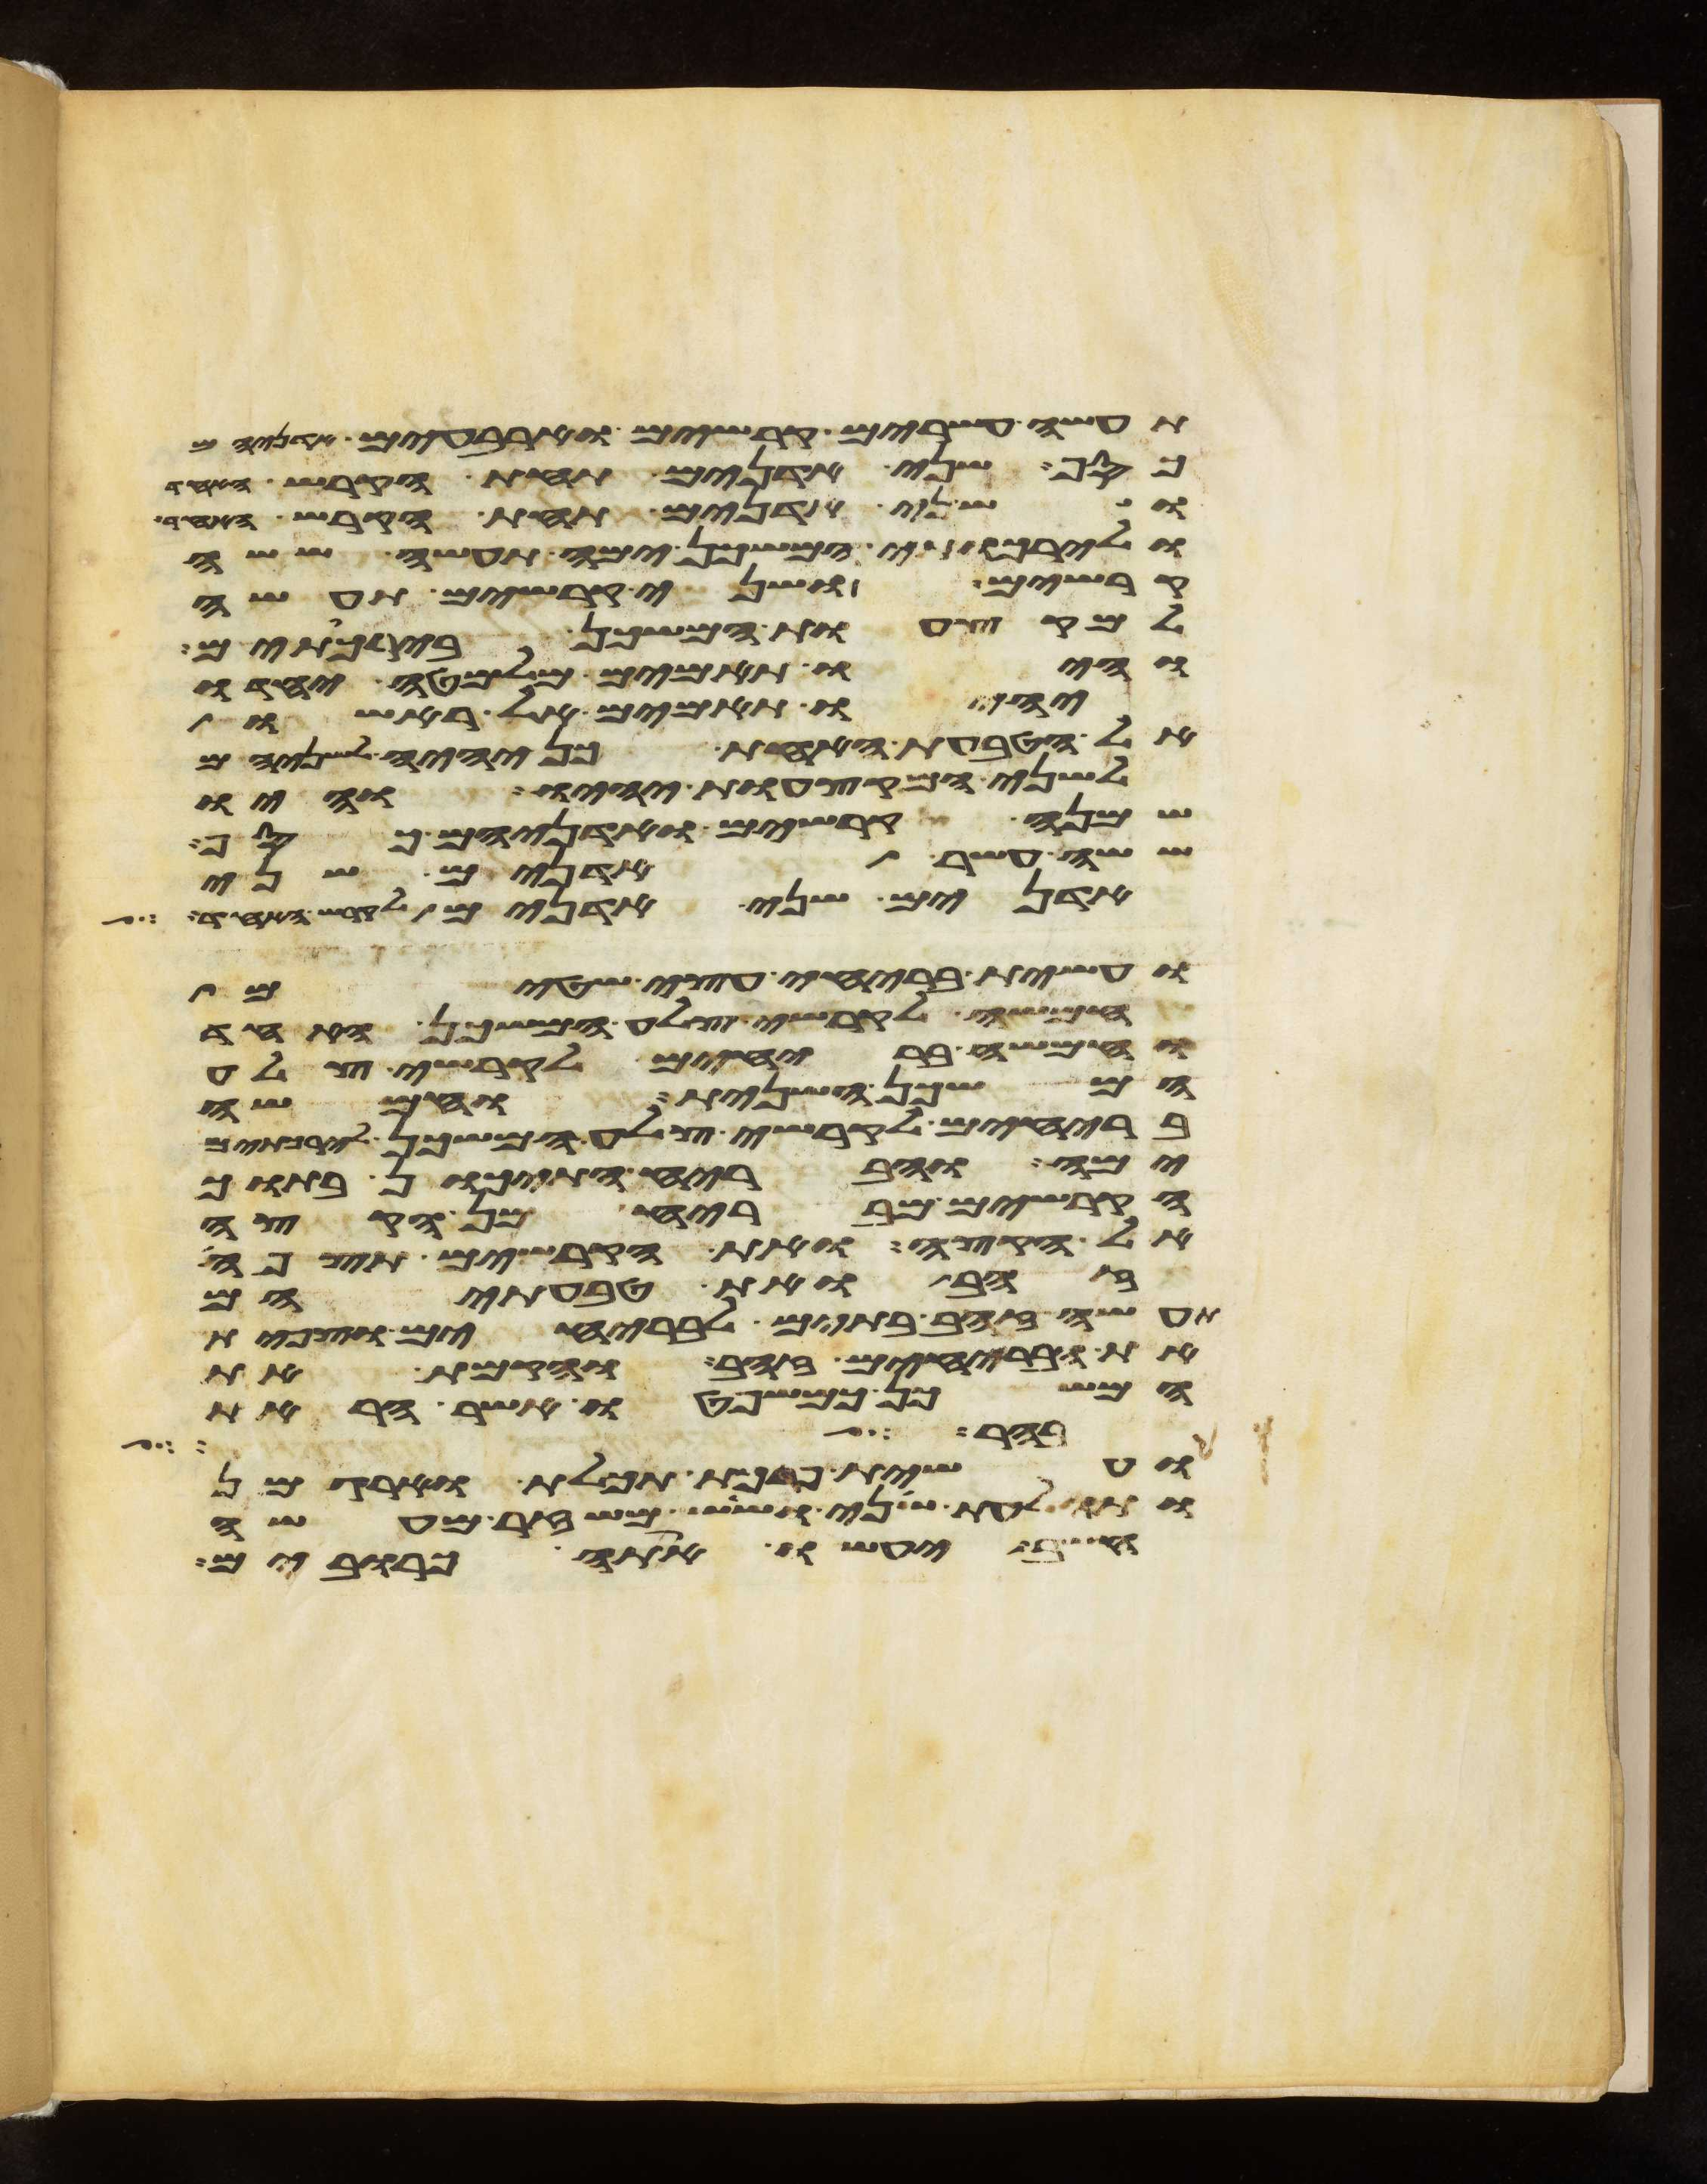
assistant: תעשה עשרים קרשים וארבעים
כסף שני אדנים תחת הקרש האחד
ושני אדנים תחת הקרש האחד
ולירכתי המשכן ימה תעשה ששה
קרשים ושני קרשים תעשה
למקצעות המשכן בירכתים
והיו תאמים מלמטה יחדו
יהיו תאמים אל ראשו
אל הטבעת האחת כן יהיה לשניהם
לשני המקצעות יהיו והיו
שמנה קרשים ואדניהם כסף
ששה עשר אדנים שני
אדנים שני אדנים לקרש האחד
ועשית בריחי עצי שטים
חמשה לקרשי צלע המשכן האחד
וחמשה בריחים לקרשי צלע
המשכן השנית וחמשה
בריחים לקרשי צלע המשכן לירכתים
ימה והבריח התיכון בתוך
הקרשים מבריח מן הקצה
אל הקצה ואת הקרשים תצפה
זהב ואת טבעתיהם
תעשה זהב בתים לבריחים וצפית
את הבריחים זהב והקמת את
המשכן כמשפטו אשר הראת
אבה לשלחם
ועשית פרכת תכלת וארגמן
ותולעת שני ושש משזר מעשה
חשב יעשו אתה כרובים